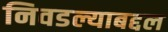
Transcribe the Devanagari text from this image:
निवडल्याबद्दल